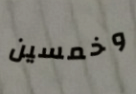
وخمسين